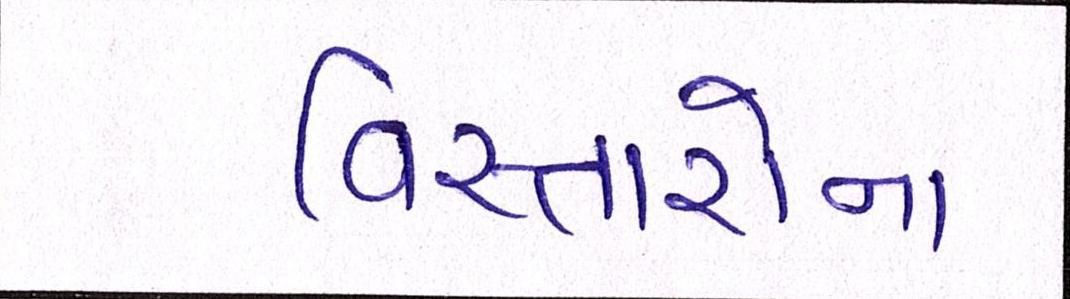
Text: વિસ્તારોના